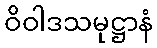
ဝိဝါဒသမုဋ္ဌာနံ